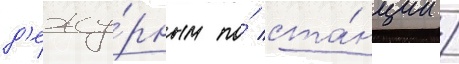
д'ежу́рным по́ ста́нции /